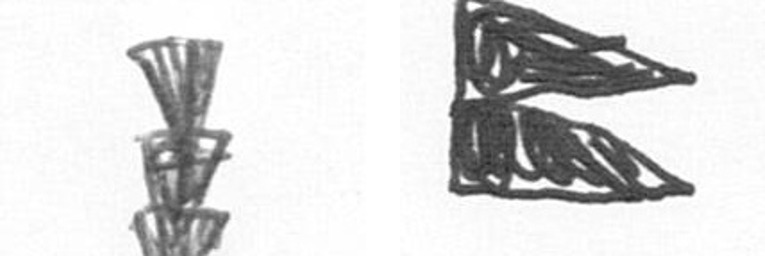
E P